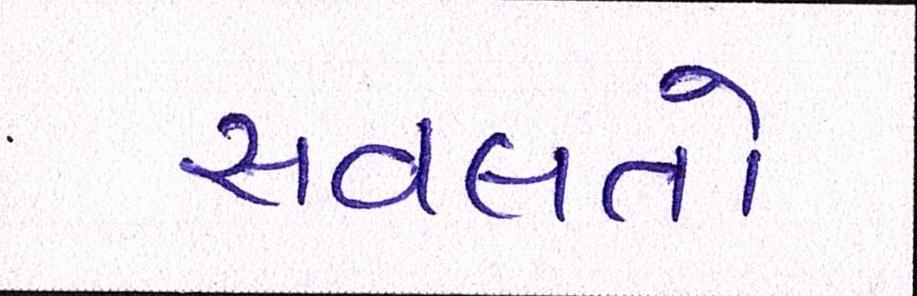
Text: સવલતો